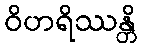
ဝိဟရိဿန္တိ